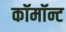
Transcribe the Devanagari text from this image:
कॉमॉन्ट